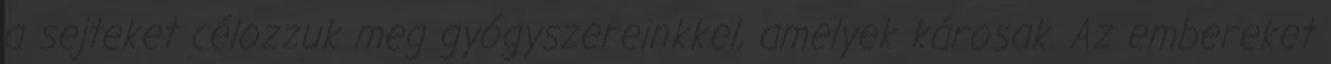
a sejteket célozzuk meg gyógyszereinkkel, amelyek károsak. Az embereket